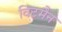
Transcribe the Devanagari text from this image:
विटमैन